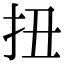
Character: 扭